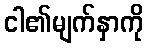
ငါ၏မျက်နှာကို